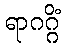
ရာဂဂ္ဂိံ